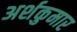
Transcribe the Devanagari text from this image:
अर्शकुमार